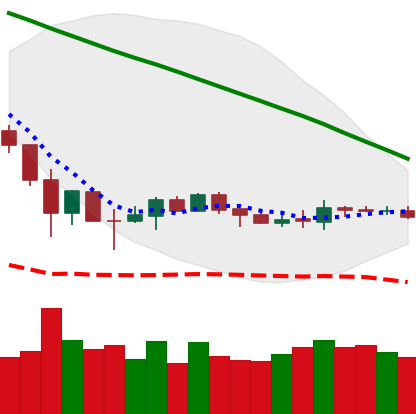
Ticker: BNB-USD
Chart end date: 2019-12-09
Forward return: -6.108%
Label: down_5_7